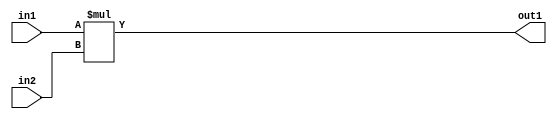
`timescale 1ps / 1ps
/*****************************************************************************
    Verilog RTL Description
    
    
    Created by: Stratus DpOpt 2019.1.01 
*******************************************************************************/

module st_feature_addr_gen_Mul_16Ux16U_32U_4 (
	in2,
	in1,
	out1
	); /* architecture "behavioural" */ 
input [15:0] in2,
	in1;
output [31:0] out1;
wire [31:0] asc001;

assign asc001 = 
	+(in1 * in2);

assign out1 = asc001;
endmodule

/* CADENCE  ubH0Tg4= : u9/ySgnWtBlWxVPRXgAZ4Og= ** DO NOT EDIT THIS LINE ******/